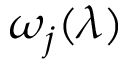
\omega _ { j } ( { \boldsymbol \lambda } )